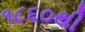
૧૮૬૦થી